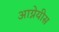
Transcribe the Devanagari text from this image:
आग्नेयीस